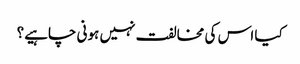
کیا اس کی مخالفت نہیں ہونی چاہیے؟